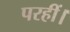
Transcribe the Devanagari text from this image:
परहीं।